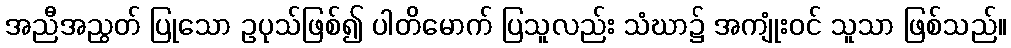
အညီအညွတ် ပြုသော ဥပုသ်ဖြစ်၍ ပါတိမောက် ပြသူလည်း သံဃာ၌ အကျုံးဝင် သူသာ ဖြစ်သည်။